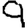
Digit: 9